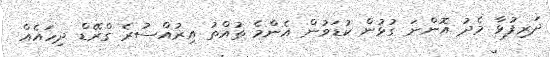
ދަރިފުޅާ މެދު އޮންނަ ގުޅުން ކުޑަވުން އެންމެ ތުއްތު އިރުއްސުރެ ގްރޭޑް ދިހައެއް